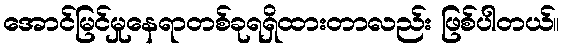
အောင်မြင်မှုနေရာတစ်ခုရရှိထားတာလည်း ဖြစ်ပါတယ်။